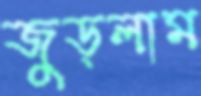
জুড়লাম